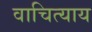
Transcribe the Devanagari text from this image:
वाचित्याय